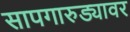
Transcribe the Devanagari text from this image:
सापगारुड्यावर